画像に写った文字を読んでください
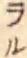
「ラル」と書いてあります